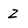
Character: Z